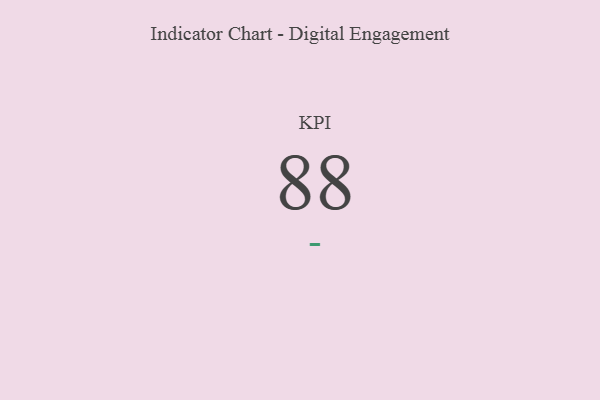
{"axis": {"x": "KPI", "y": "Value"}, "legend": [""], "data": [{"x": "KPI", "y": 88, "type": ""}]}